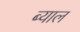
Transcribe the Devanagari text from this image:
ब्‍याल